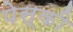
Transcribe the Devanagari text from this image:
पेस्की